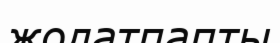
жолатпапты